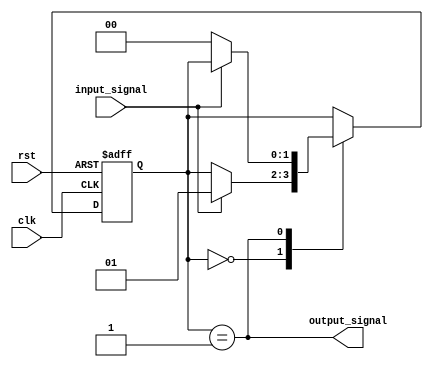
module debounce_circuit (
    input wire clk,
    input wire rst,
    input wire input_signal,
    output reg output_signal
);

reg [1:0] state;

parameter IDLE = 2'b00;
parameter DEBOUNCE = 2'b01;

always @(posedge clk or posedge rst) begin
    if (rst) begin
        state <= IDLE;
    end else begin
        case (state)
            IDLE: begin
                if (input_signal) begin
                    state <= DEBOUNCE;
                end
            end
            DEBOUNCE: begin
                if (!input_signal) begin
                    state <= IDLE;
                end
            end
        endcase
    end
end

assign output_signal = (state == DEBOUNCE);

endmodule